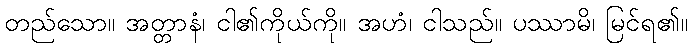
တည်သော။ အတ္တာနံ၊ ငါ၏ကိုယ်ကို။ အဟံ၊ ငါသည်။ ပဿာမိ၊ မြင်ရ၏။